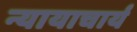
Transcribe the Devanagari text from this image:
न्यायाचार्य